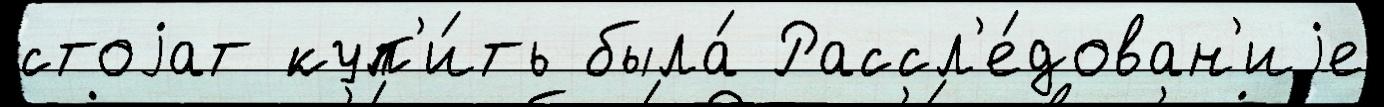
стоjат куп'и́ть была́ Рассл'е́дован'иjе